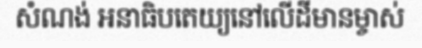
សំណង់ អនាធិបតេយ្យនៅលើដីមានម្ចាស់